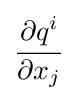
{\cfrac {\partial q^{i}}{\partial x_{j}}}